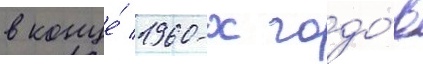
в конце́ 1960-х годо́в